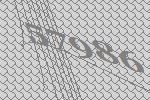
57986